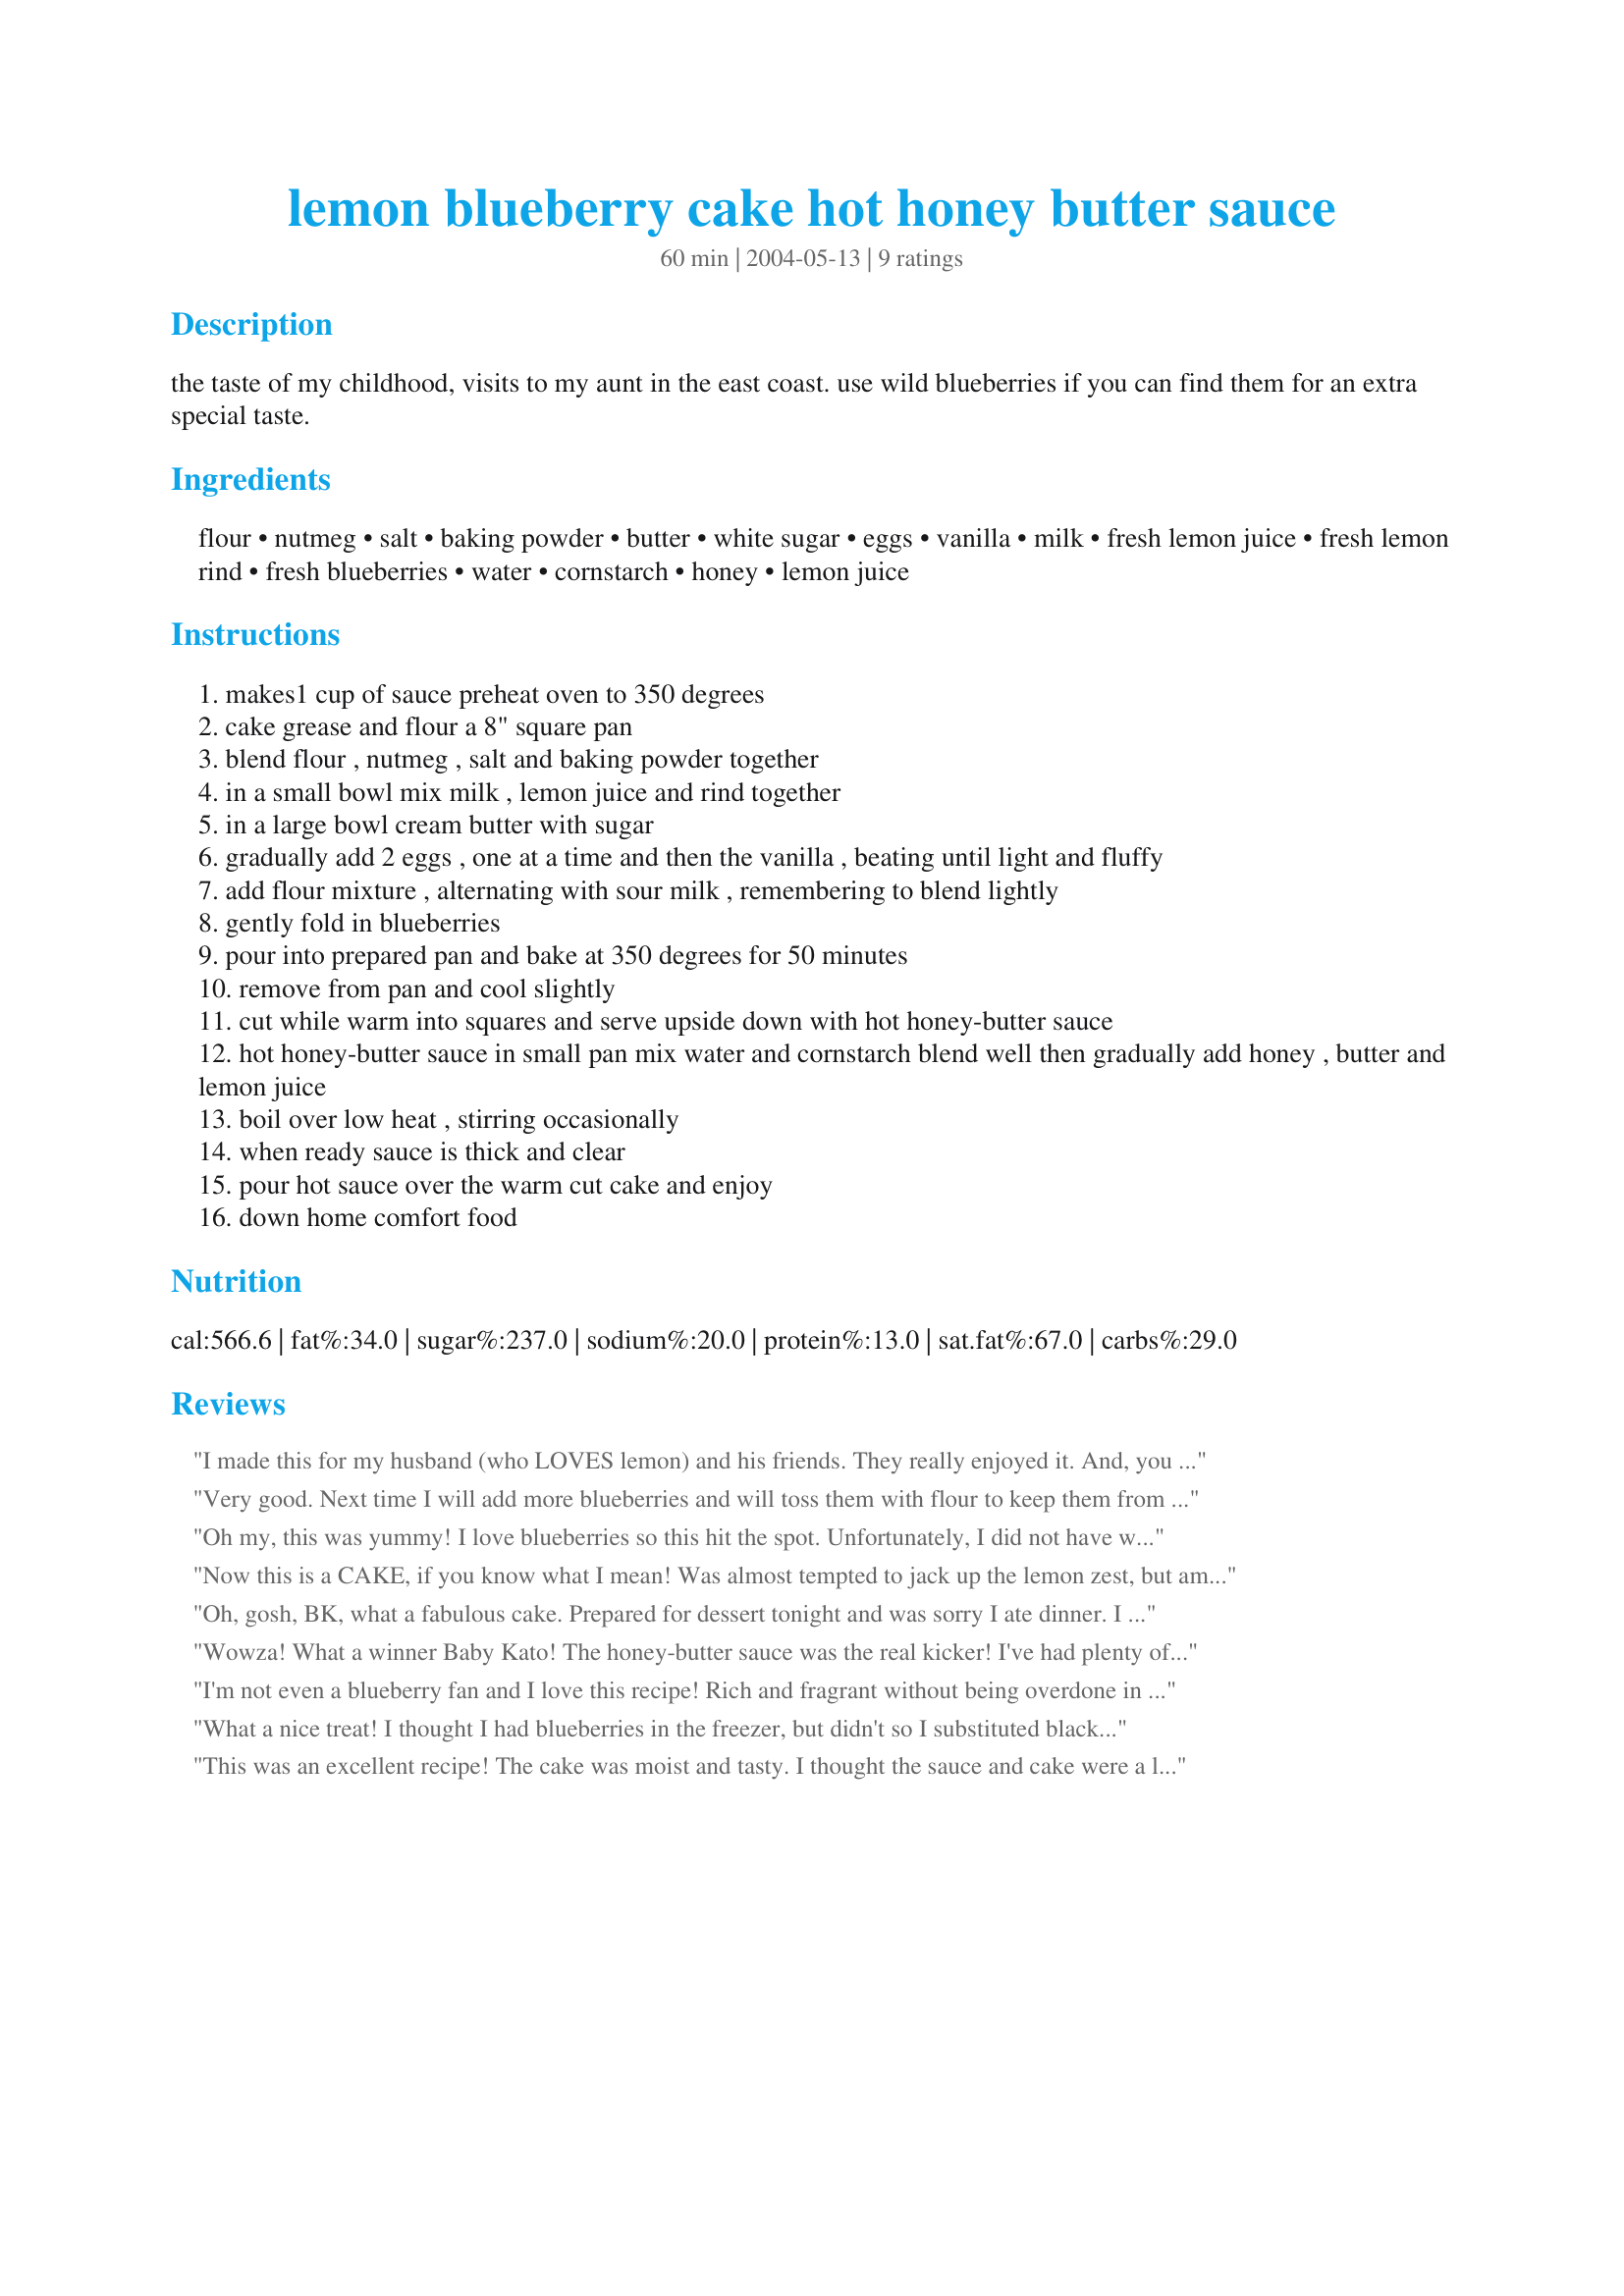
lemon blueberry cake hot honey butter sauce
Preparation time: 60 minutes

the taste of my childhood, visits to my aunt in the east coast. use wild blueberries if you can find them for an extra special taste.

Ingredients:
flour, nutmeg, salt, baking powder, butter, white sugar, eggs, vanilla, milk, fresh lemon juice, fresh lemon rind, fresh blueberries, water, cornstarch, honey, lemon juice

Steps:
makes1 cup of sauce preheat oven to 350 degrees
cake grease and flour a 8" square pan
blend flour , nutmeg , salt and baking powder together
in a small bowl mix milk , lemon juice and rind together
in a large bowl cream butter with sugar
gradually add 2 eggs , one at a time and then the vanilla , beating until light and fluffy
add flour mixture , alternating with sour milk , remembering to blend lightly
gently fold in blueberries
pour into prepared pan and bake at 350 degrees for 50 minutes
remove from pan and cool slightly
cut while warm into squares and serve upside down with hot honey-butter sauce
hot honey-butter sauce in small pan mix water and cornstarch blend well then gradually add honey , butter and lemon juice
boil over low heat , stirring occasionally
when ready sauce is thick and clear
pour hot sauce over the warm cut cake and enjoy
down home comfort food

Reviews:
I made this for my husband (who LOVES lemon) and his friends. They really enjoyed it. And, you know, since there's fruit in it, you can pretend it's somewhat healthy. ;) I know we'll make this again. Thanks for posting the recipe!
Very good. Next time I will add more blueberries and will toss them with flour to keep them from sinking. The sauce was a little too sweet for me but my husband enjoyed it. Next time I will reduce the water in the sauce by half and replace it with lemon juice.
Oh my, this was yummy! I love blueberries so this hit the spot. Unfortunately, I did not have wild blueberries so had to settle for the regular. The cake was delicious by itself (yes, I couldn't wait to taste it until I had made the sauce) but, when you top it with the sauce, it is incredible!

Made for ZWT4.
Now this is a CAKE, if you know what I mean! Was almost tempted to jack up the lemon zest, but am glad I didn't ~ It's OUTSTANDING, just as it is [WITH the sauce, of course!], & I wouldn't change a thing [well, let's be honest ~ I did add a bit of zest to the sauce]! Wonderful, wonderful cake, & thanks much for posting!
Oh, gosh, BK, what a fabulous cake. Prepared for dessert tonight and was sorry I ate dinner. I should have gone directly to the cake, not passing GO! The cake is great, the sauce sent it out of the park! I must admit I did add a little zest to the sauce, but otherwise, wouldn't change a thing. Thnx so much for posting, BK. Made for ZWT4.
Wowza! What a winner Baby Kato! The honey-butter sauce was the real kicker! I've had plenty of lemon-blueberry cakes in my day, but the sauce really made it shine! Straight to my "dessert" cookbook this one goes. Gosh I so love blueberries and the lemon flavour came through beautifully for a perfect balance! Will make again and again! Made for ZWT4.
I'm not even a blueberry fan and I love this recipe! Rich and fragrant without being overdone in any way. Thank you so much for sharing!
What a nice treat! I thought I had blueberries in the freezer, but didn't so I substituted blackberries in the recipe. The cake was moist and the lemon flavor really came through. The sauce is a must with this cake as it adds a whole new taste dimension. Thanks for sharing the recipe!
This was an excellent recipe! The cake was moist and tasty. I thought the sauce and cake were a little too sweet and kept thinking the whole time I was making it...."I should add more lemon juice, I should add more lemon juice". I'm sorry I didn't as I prefer a tart lemon flavor with my lemon desserts. I did add more lemon to the sauce though and that made it much better. It was delicious and we did totally enjoy it. Made for Zingo for ZWT4 while touring around the world with my Babes.
